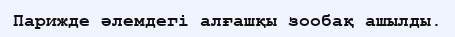
Парижде әлемдегі алғашқы зообақ ашылды.